Leningradi_Edasi_toimetus, lk 80
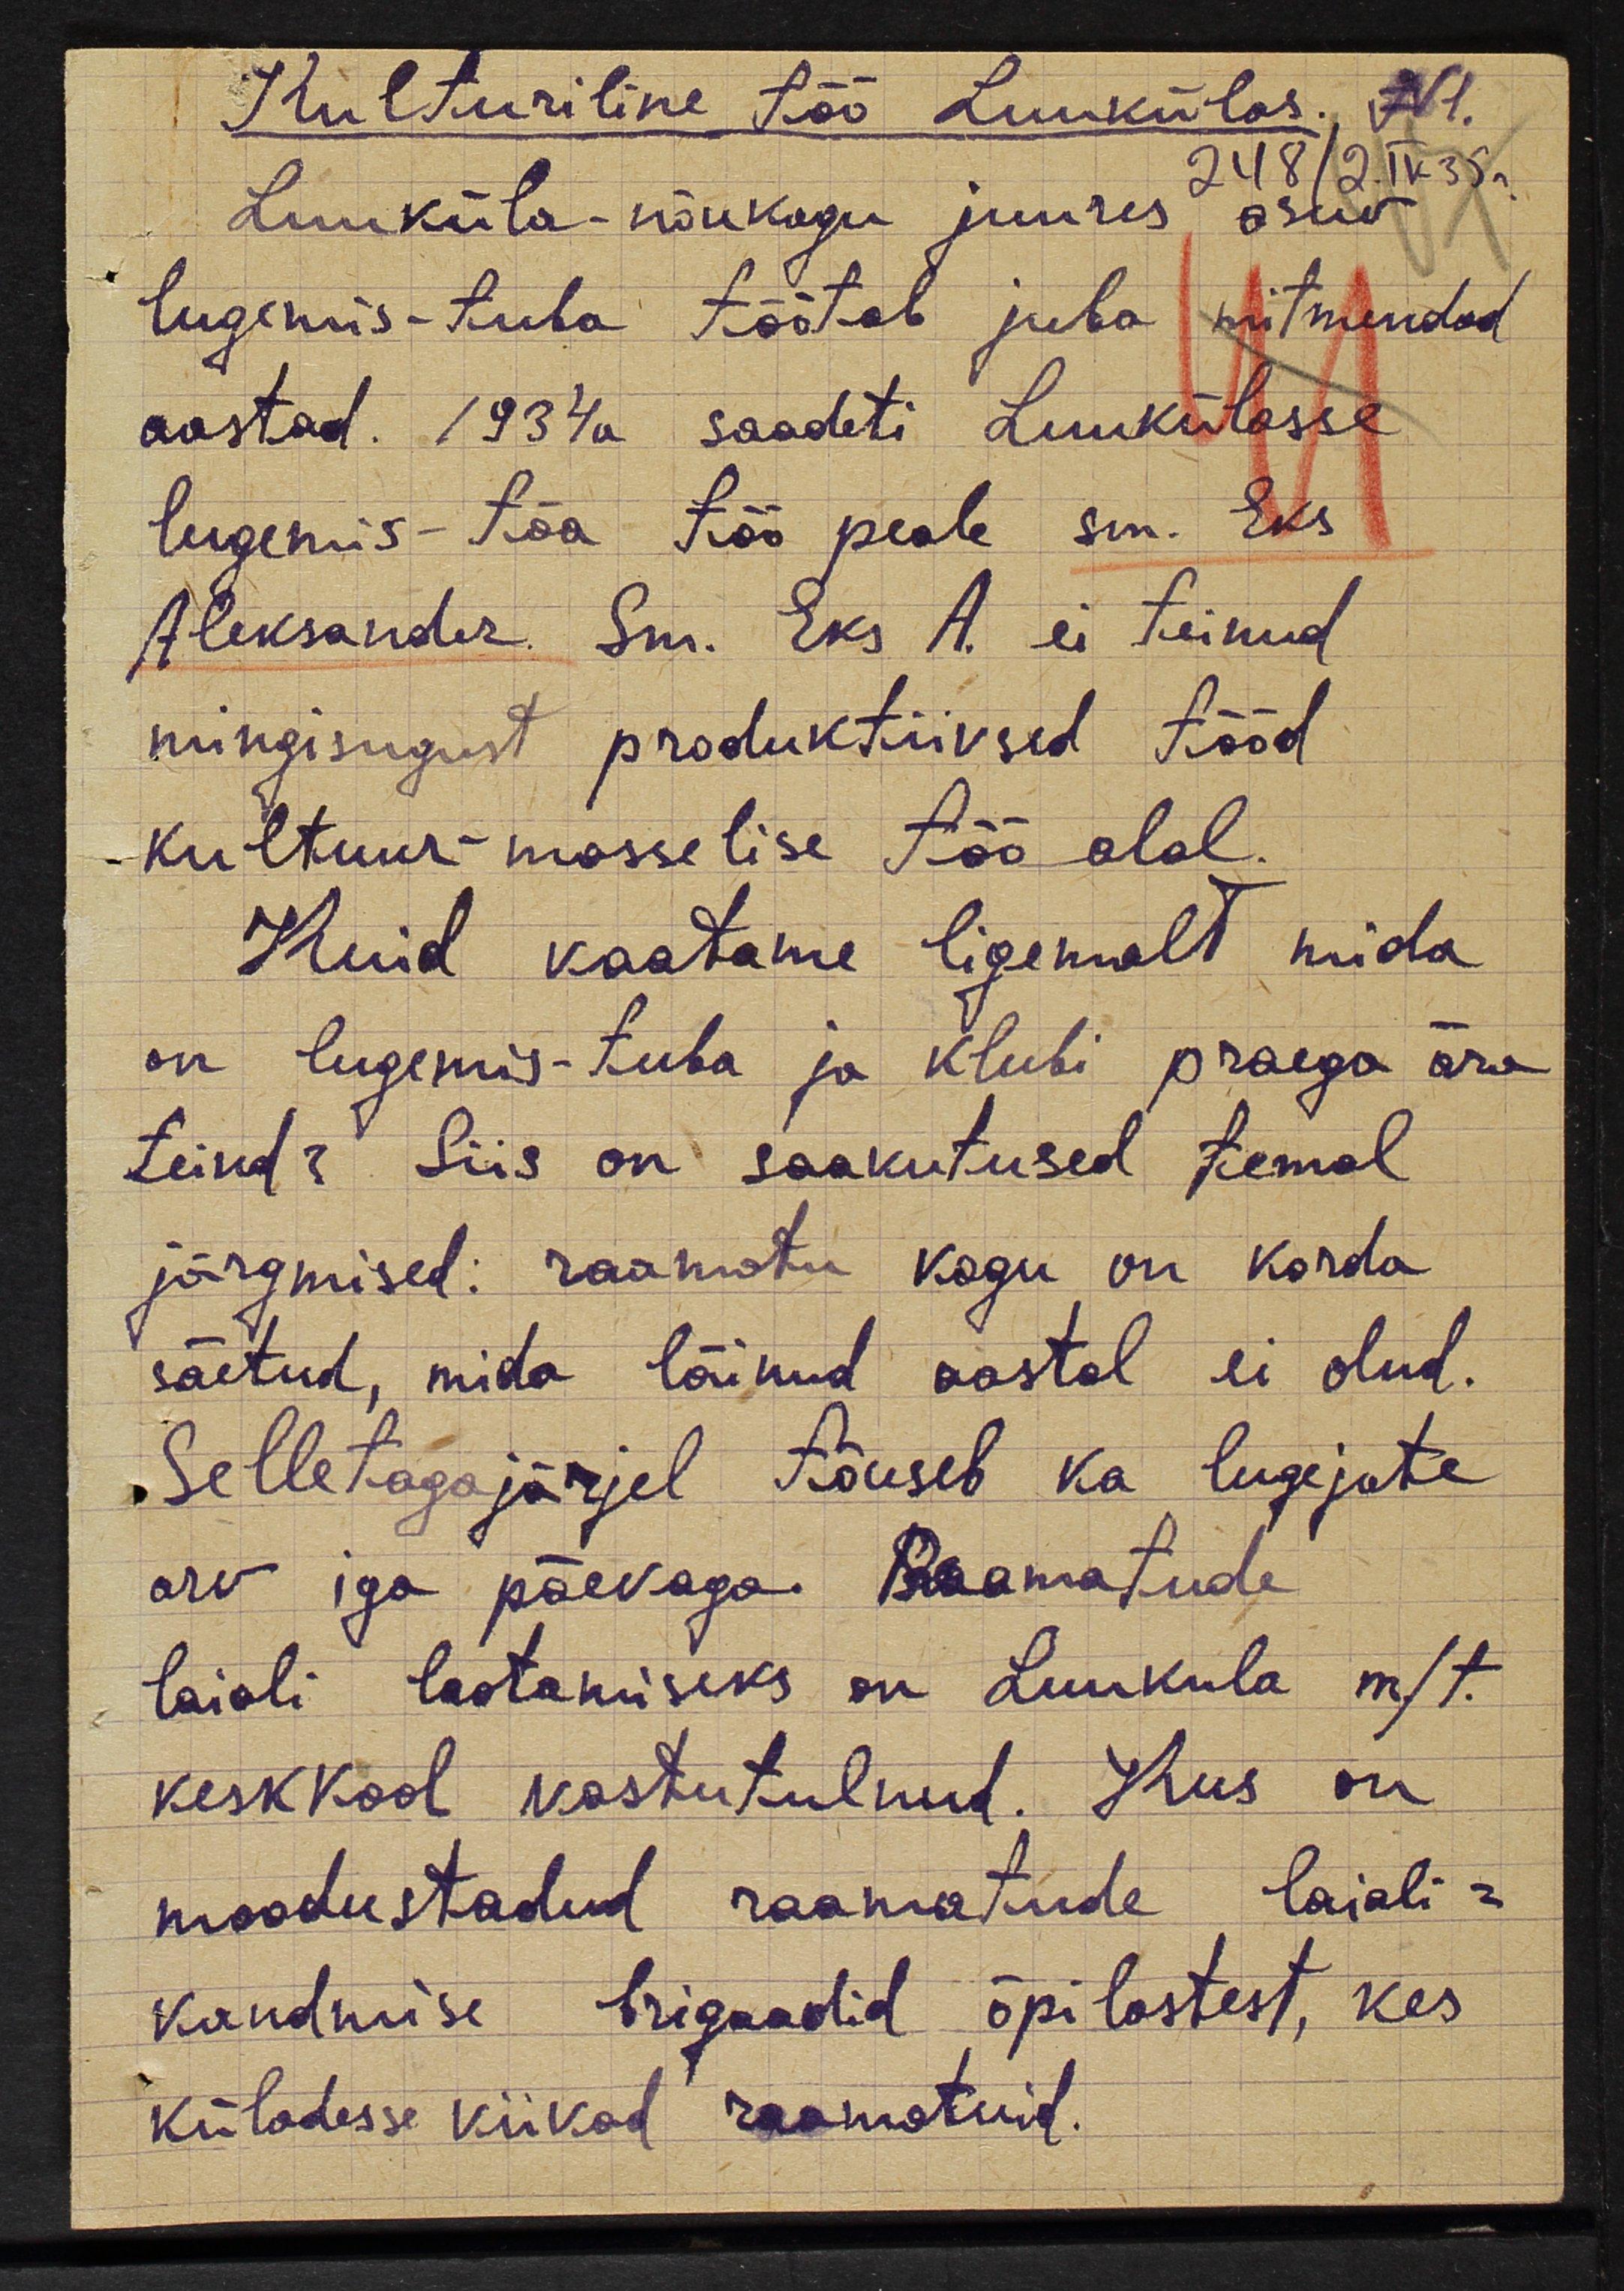
Kulturiline töö Luukülas. N1
248/2 IV 35.
Luuküla-nõukogu juures asuv
lugemis-tuba töötab juba mitmendad
aastad. 1934a saadeti Luukülasse
lugemis-tõa töö peale sm. Eks
Aleksander. Sm. Eks A. ei teinud
mingisugust produktiivsed tööd
kultuur-masselise töö alal.
Kuid vaatame ligemalt mida
on lugemis-tuba ja klubi praegu ära
teind? Siis on saavutused temal
järgmised: raamatu kogu on korda
säetud, mida läinud aastal ei olud.
Selletagajärjel tõuseb ka lugejate
arv iga päevaga. Raamatude
laiali lastamiseks on Luukula m/t.
keskkool vastutulnud. Kus on
moodustadud raamatude laiali-
kandmise brigaadid õpilastest, kes
küladesse viivad raamatuid.